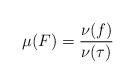
LaTeX: \begin{align*} \mu(F) = \frac{\nu(f)}{\nu(\tau)} \end{align*}